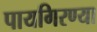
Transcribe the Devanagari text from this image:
पायगिरण्या